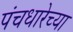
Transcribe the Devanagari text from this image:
पंचधारेच्या